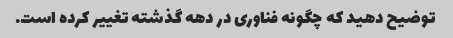
توضیح دهید که چگونه فناوری در دهه گذشته تغییر کرده است.